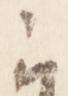
云